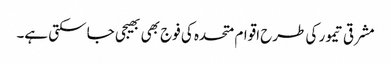
مشرقی تیمور کی طرح اقوام متحدہ کی فوج بھی بھیجی جا سکتی ہے۔